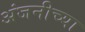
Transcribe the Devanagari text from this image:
अंजनीच्या